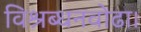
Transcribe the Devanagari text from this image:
विश्रब्धनवोढा।